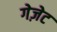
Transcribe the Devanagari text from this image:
गेज़ेट